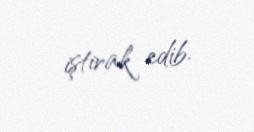
iştirak edib.